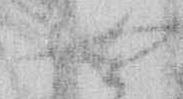
可